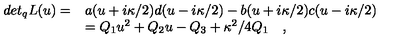
\begin{array} { l l } { d e t _ { q } L ( u ) = } & { a ( u + i \kappa / 2 ) d ( u - i \kappa / 2 ) - b ( u + i \kappa / 2 ) c ( u - i \kappa / 2 ) } \\ { } & { = Q _ { 1 } u ^ { 2 } + Q _ { 2 } u - Q _ { 3 } + \kappa ^ { 2 } / 4 Q _ { 1 } \quad , } \\ \end{array}